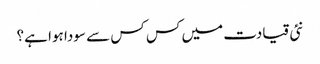
نئی قیادت میں کس کس سے سودا ہوا ہے؟